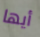
أيها